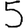
Digit: 5